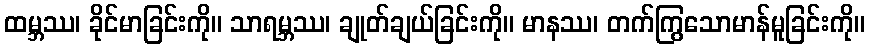
ထမ္ဘဿ၊ ခိုင်မာခြင်းကို။ သာရမ္ဘဿ၊ ချုတ်ချယ်ခြင်းကို။ မာနဿ၊ တက်ကြွသောမာန်မူခြင်းကို။